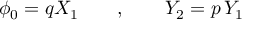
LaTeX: \phi _ { 0 } = q X _ { 1 } \qquad , \qquad Y _ { 2 } = p \, Y _ { 1 }